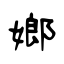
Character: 嫏